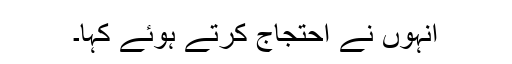
انہوں نے احتجاج کرتے ہوئے کہا۔